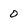
Character: 0